Annual administration report of the Civil Veterinary Department, Ajmere-Merwara, British Rajputana - 1914-1940
Year: 1914
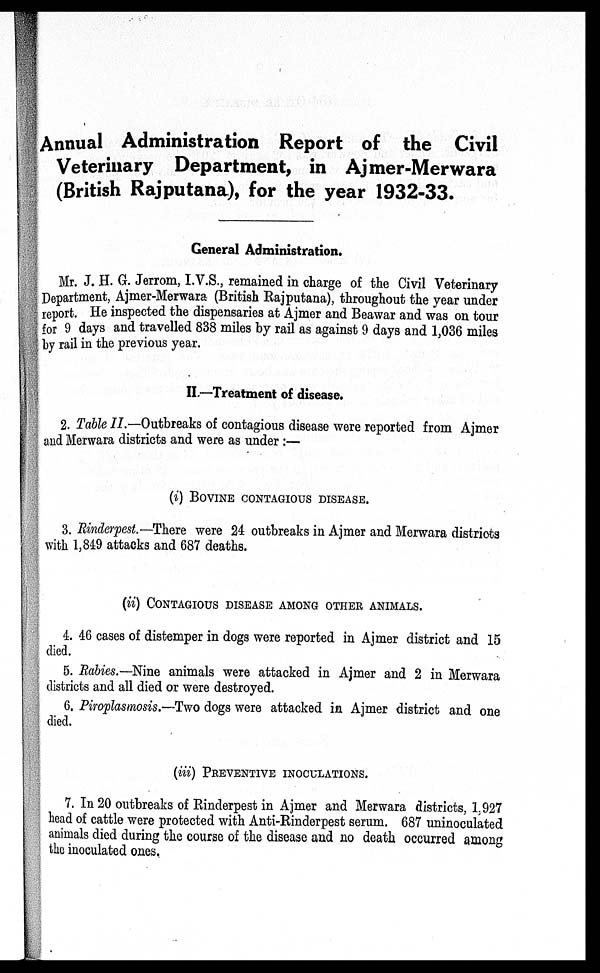
Annual Administration Report of the Civil
Veterinary Department, in Ajmer-Merwara
(British Rajputana), for the year 1932-33.
General Administration.
Mr. J. H. G. Jerrom, I.V.S., remained in charge of the Civil Veterinary
Department, Ajmer-Merwara (British Rajputana), throughout the year under
report. He inspected the dispensaries at Ajmer and Beawar and was on tour
for 9 days and travelled 838 miles by rail as against 9 days and 1,036 miles
by rail in the previous year.
II.—Treatment of disease.
2. Table II.—Outbreaks of contagious disease were reported from Ajmer
and Merwara districts and were as under:—
(i) BOVINE CONTAGIOUS DESEASE.
3. Rinderpest.—There were 24 outbreaks in Ajmer and Merwara districts
with 1,849 attacks and 687 deaths.
(ii) CONTAGIOUS DISEASE AMONG OTHER ANIMALS.
4. 46 cases of distemper in dogs were reported in Ajmer district and 15
died.
5. Rabies.—Nine animals were attacked in Ajmer and 2 in Merwara
districts and all died or were destroyed.
6. Piroplasmosis.—Two dogs were attacked in Ajmer district and one
died.
(iii) PREVENTIVE INOCULATIONS.
7. In 20 outbreaks of Rinderpest in Ajmer and Merwara districts, 1,927
head of cattle were protected with Anti-Rinderpest serum. 687 uninoculated
animals died during the course of the disease and no death occurred among
the inoculated ones.